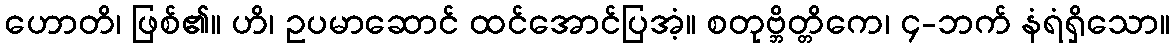
ဟောတိ၊ ဖြစ်၏။ ဟိ၊ ဥပမာဆောင် ထင်အောင်ပြအံ့။ စတုဗ္ဘိတ္တိကေ၊ ၄-ဘက် နံရံရှိသော။